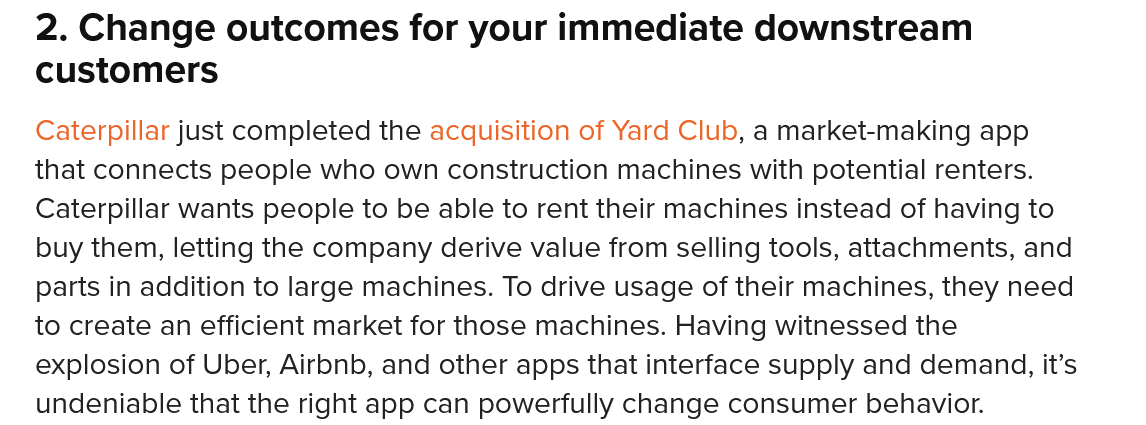
2. Change   outcomes  for   your  immediate    downstream
   customers
   Caterpillar just completed the acquisition of Yard Club, a market-making app
   that connects people who own construction machines with potential renters.
   Caterpillar wants people to be able to rent their machines instead of having to
   buy them, letting the company derive value from selling tools, attachments, and
   parts in addition to large machines. To drive usage of their machines, they need
   to create an efficient market for those machines. Having witnessed the
   explosion of Uber, Airbnb, and other apps that interface supply and demand, it’s
   undeniable that the right app can powerfully change consumer behavior.